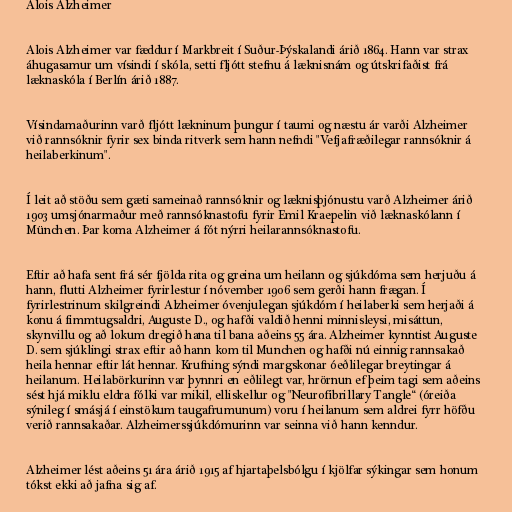
Alois Alzheimer

Alois Alzheimer var fæddur í Markbreit í Suður-Þýskalandi árið 1864. Hann var strax
áhugasamur um vísindi í skóla, setti fljótt stefnu á læknisnám og útskrifaðist frá
læknaskóla í Berlín árið 1887.

Vísindamaðurinn varð fljótt lækninum þungur í taumi og næstu ár varði Alzheimer
við rannsóknir fyrir sex binda ritverk sem hann nefndi "Vefjafræðilegar rannsóknir á
heilaberkinum".

Í leit að stöðu sem gæti sameinað rannsóknir og læknisþjónustu varð Alzheimer árið
1903 umsjónarmaður með rannsóknastofu fyrir Emil Kraepelin við læknaskólann í
München. Þar koma Alzheimer á fót nýrri heilarannsóknastofu.

Eftir að hafa sent frá sér fjölda rita og greina um heilann og sjúkdóma sem herjuðu á
hann, flutti Alzheimer fyrirlestur í nóvember 1906 sem gerði hann frægan. Í
fyrirlestrinum skilgreindi Alzheimer óvenjulegan sjúkdóm í heilaberki sem herjaði á
konu á fimmtugsaldri, Auguste D., og hafði valdið henni minnisleysi, misáttun,
skynvillu og að lokum dregið hana til bana aðeins 55 ára. Alzheimer kynntist Auguste
D. sem sjúklingi strax eftir að hann kom til Munchen og hafði nú einnig rannsakað
heila hennar eftir lát hennar. Krufning sýndi margskonar óeðlilegar breytingar á
heilanum. Heilabörkurinn var þynnri en eðlilegt var, hrörnun ef þeim tagi sem aðeins
sést hjá miklu eldra fólki var mikil, elliskellur og "Neurofibrillary Tangle“ (óreiða
sýnileg í smásjá í einstökum taugafrumunum) voru í heilanum sem aldrei fyrr höfðu
verið rannsakaðar. Alzheimerssjúkdómurinn var seinna við hann kenndur.

Alzheimer lést aðeins 51 ára árið 1915 af hjartaþelsbólgu í kjölfar sýkingar sem honum
tókst ekki að jafna sig af.